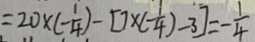
= 2 0 \times ( - \frac { 1 } { 4 } ) - [ 7 \times ( - \frac { 1 } { 4 } ) - 3 ] = - \frac { 1 } { 4 }